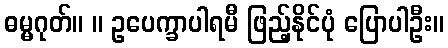
ဓမ္မဂုတ်။ ။ ဥပေက္ခာပါရမီ ဖြည့်နိုင်ပုံ ပြောပါဦး။